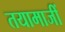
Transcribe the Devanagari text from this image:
तयामाजीं